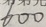
6 0 0